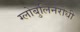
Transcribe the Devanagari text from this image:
ग्लोबुलिनरोधी